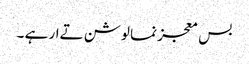
بس معجز نما لوشن تےار ہے ۔